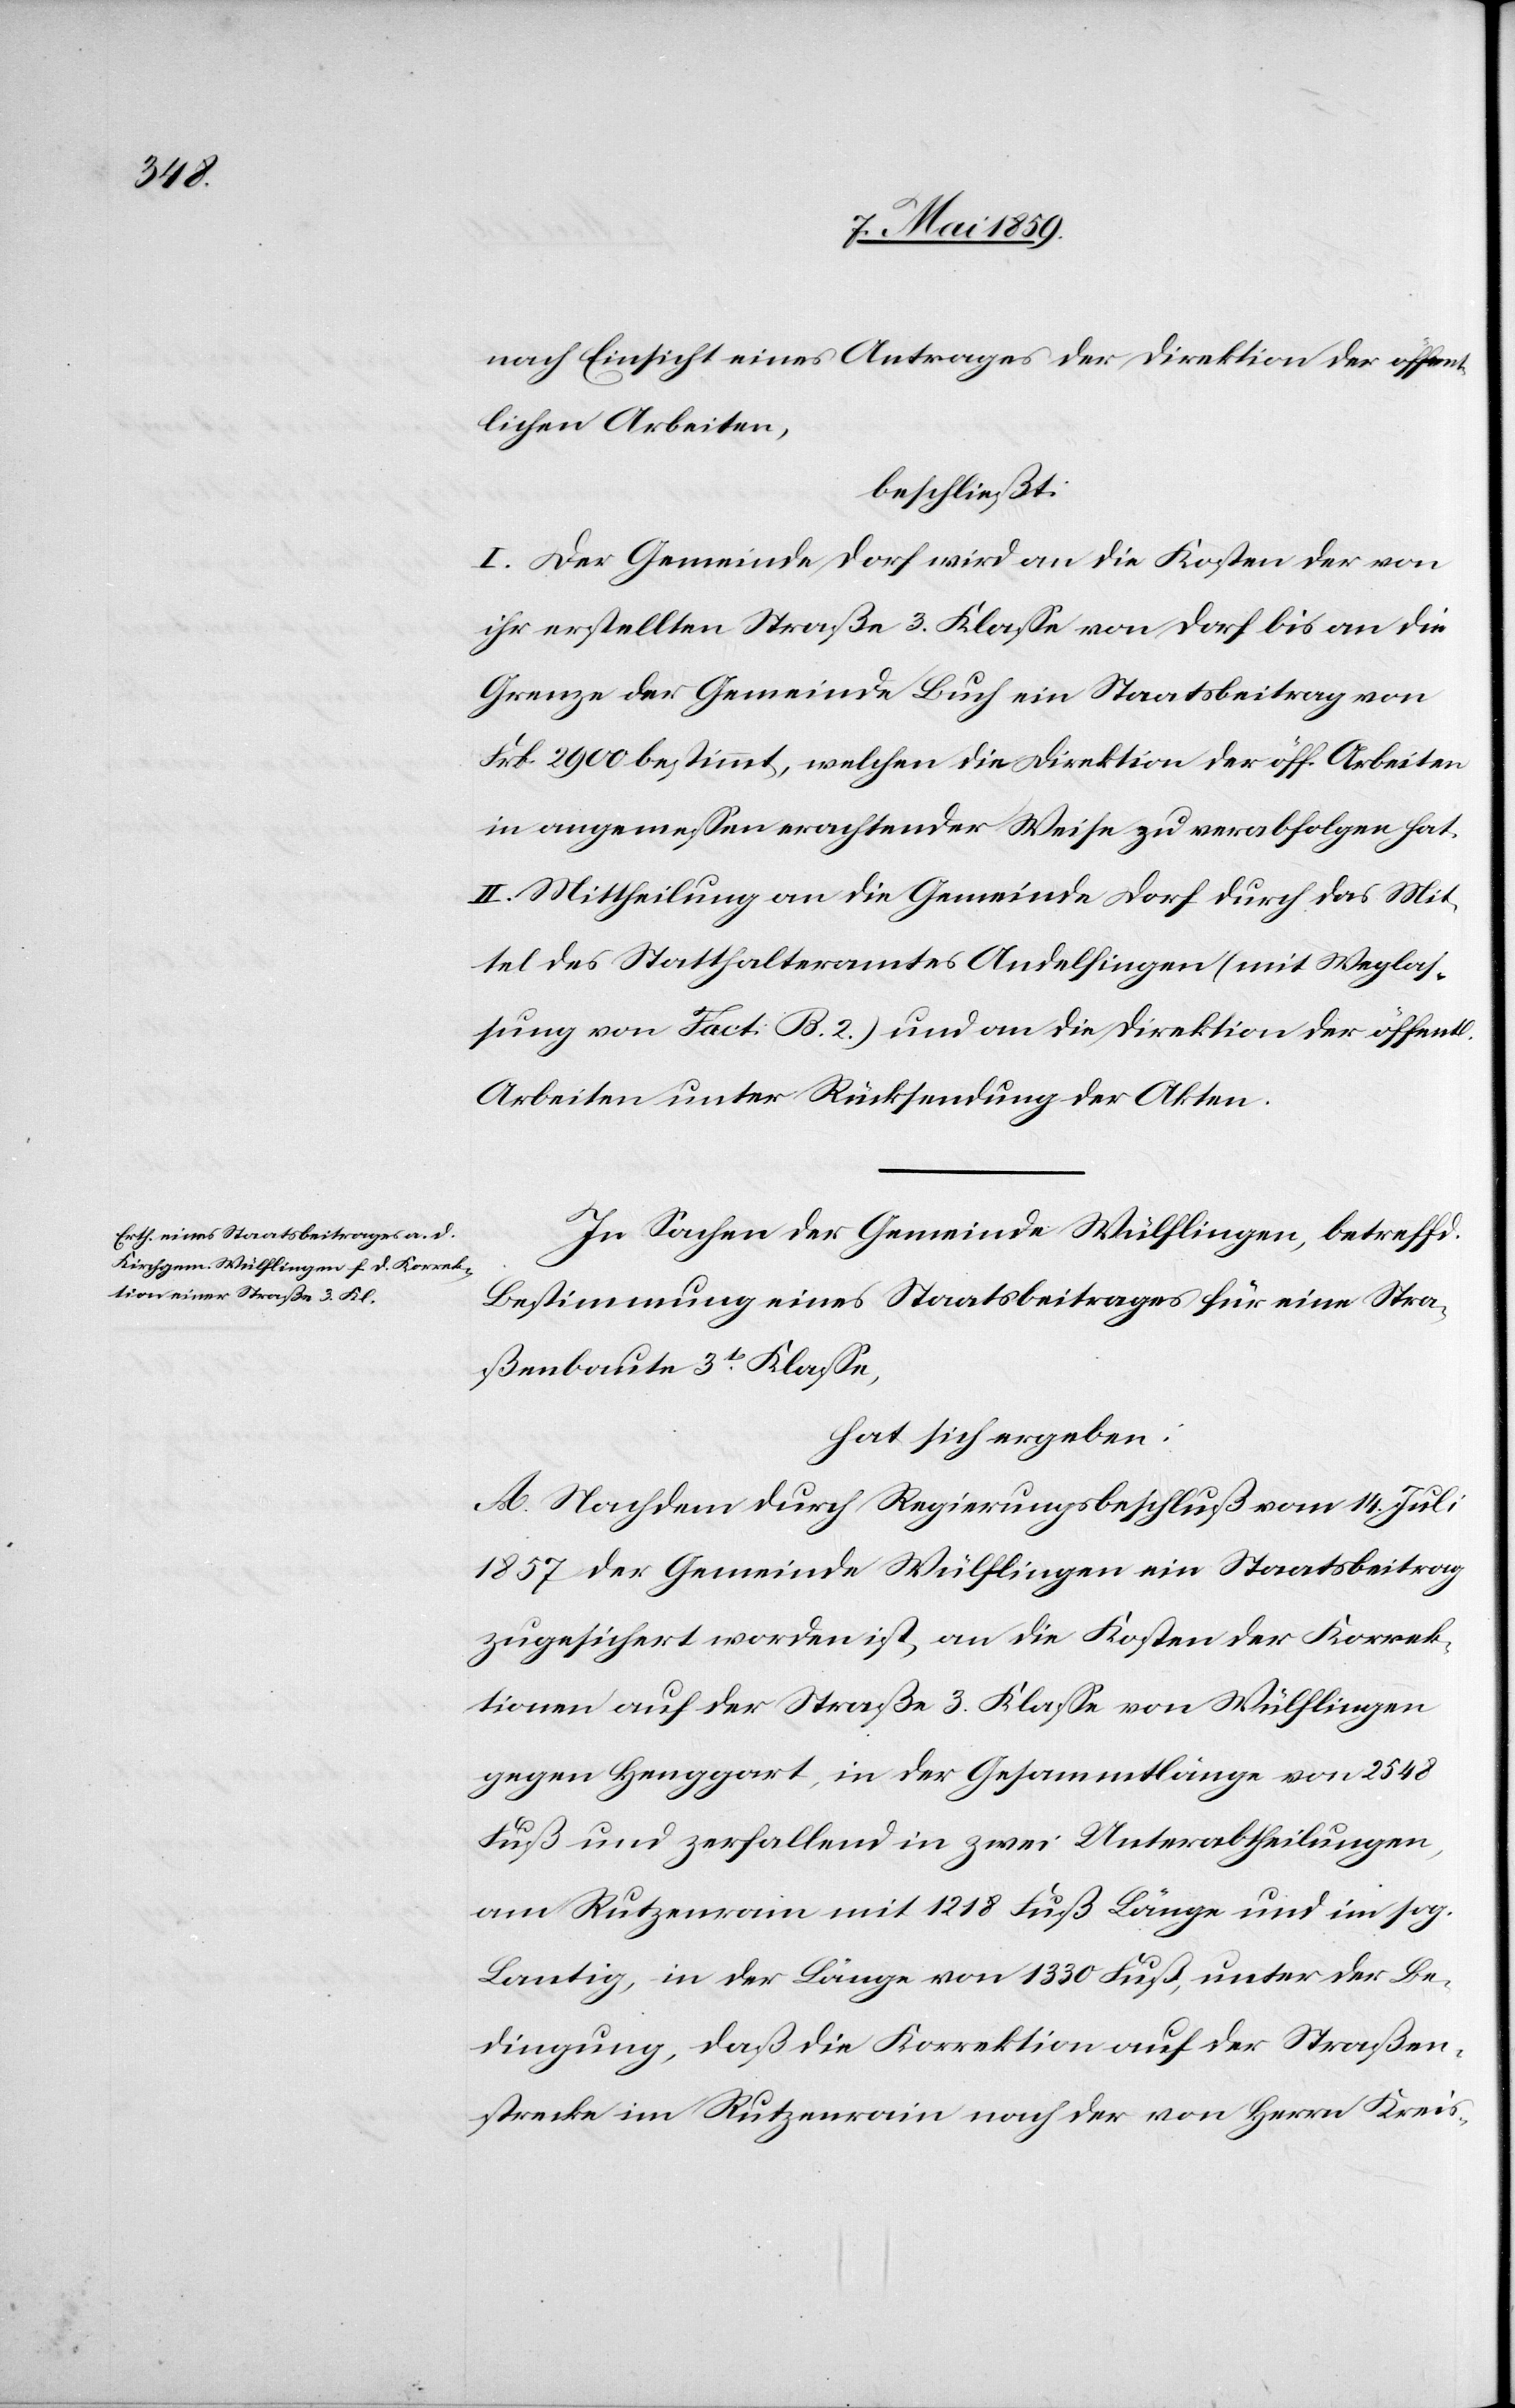
nach Einsicht eines Antrages der Direktion der öffent¬
lichen Arbeiten,
beschließt:
I. Der Gemeinde Dorf wird an die Kosten der von
ihr erstellten Straße 3. Klaße von Dorf bis an die
Grenze der Gemeinde Buch ein Staatsbeitrag von
Frk. 2900 bestimmt, welchen die Direktion der öff. Arbeiten
in angemeßen erachtender Weise zu verabfolgen hat.
II. Mittheilung an die Gemeinde Dorf durch das Mit¬
tel des Statthalteramtes Andelfingen (mit Weglas¬
sung von Fact. B. 2.) und an die Direktion der öffentl.
Arbeiten unter Rücksendung der Akten.
In Sachen der Gemeinde Wülflingen, betreffd.
Bestimmung eines Staatsbeitrages für eine Stra¬
ßenbaute 3t Klaße,
hat sich ergeben:
A. Nachdem durch Regierungsbeschluß vom 14. Juli
1857 der Gemeinde Wülflingen ein Staatsbeitrag
zugesichert worden ist, an die Kosten der Korrek¬
tionen auf der Straße 3. Klaße von Wülflingen
gegen Henggart, in der Gesammtlänge von 2548
Fuß und zerfallend in zwei Unterabtheilungen,
am Rutzenrain mit 1218 Fuß, unter der Be¬
dingung, daß die Korrektion auf der Straßen¬
strecke im Rutzenrain nach der von Herrn Kreis-